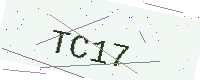
Text: TC17